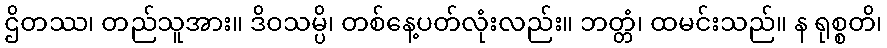
ဌိတဿ၊ တည်သူအား။ ဒိဝသမ္ပိ၊ တစ်နေ့ပတ်လုံးလည်း။ ဘတ္တံ၊ ထမင်းသည်။ န ရုစ္စတိ၊